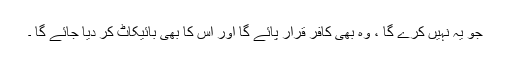
جو یہ نہیں کرے گا ، وہ بھی کافر قرار پائے گا اور اس کا بھی بائیکاٹ کر دیا جائے گا ۔